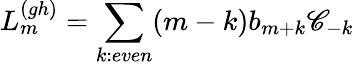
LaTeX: L_{m}^{(gh)}=\sum_{k:even}(m-k)b_{m+k}\mathscr{C}_{-k}